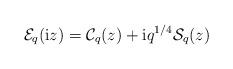
LaTeX: \begin{align*} \mathcal{E}_{q}(\mathrm{i}z)=\mathcal{C}_{q}(z)+\mathrm{i}q^{1/4}\mathcal{S}_{q}(z) \end{align*}